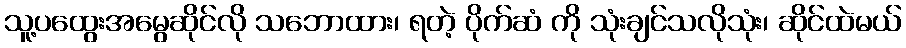
သူ့ပထွေးအမွေဆိုင်လို သဘောထား၊ ရတဲ့ ပိုက်ဆံ ကို သုံးချင်သလိုသုံး၊ ဆိုင်ထဲမယ်